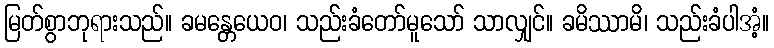
မြတ်စွာဘုရားသည်။ ခမန္တေယေဝ၊ သည်းခံတော်မူသော် သာလျှင်။ ခမိဿာမိ၊ သည်းခံပါအံ့။